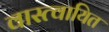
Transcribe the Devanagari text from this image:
वास्त्वायित